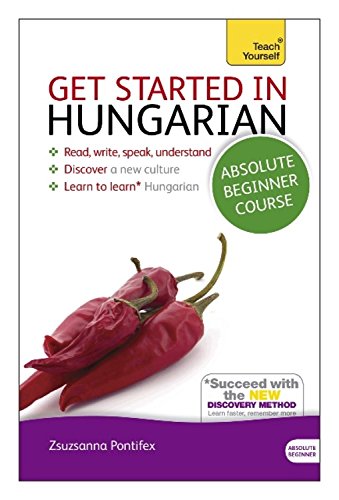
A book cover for Get Started in Hungarian Absolute Beginner Course: The essential introduction to reading, writing, speaking and understanding a new language (Teach Yourself); Zsuzsanna Pontifex; Travel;